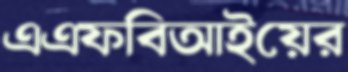
এএফবিআইয়ের